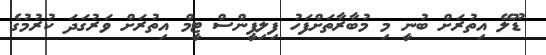
ޑޫލޭ އިތުރަށް ބުނީ މި މުބާރާތަށްފަހު ފިލިޕީންސް ޓީމް އިތުރަށް ވަރުގަދަ ކުރުމުގެ